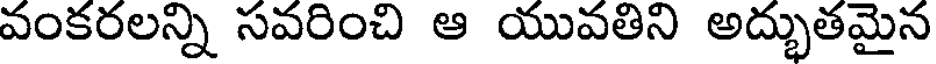
వంకరలన్ని సవరించి ఆ యువతిని అద్భుతమైన